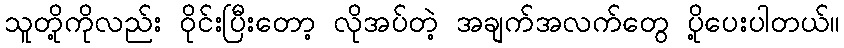
သူတို့ကိုလည်း ၀ိုင်းပြီးတော့ လိုအပ်တဲ့ အချက်အလက်တွေ ပို့ပေးပါတယ်။